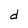
Character: d